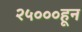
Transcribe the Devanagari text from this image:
२५०००हून